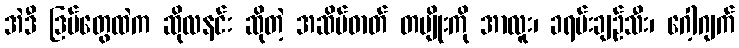
အဲဒီ ဒြပ်တွေထဲက ဆိုလနင်း ဆိုတဲ့ အဆိပ်ဓာတ် တမျိုးကို အာလူး၊ ခရမ်းချဉ်သီး၊ ဂေါ့ဂျက်